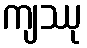
ကျဿု